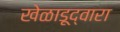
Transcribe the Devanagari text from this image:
खेळाडूद्वारा